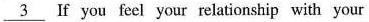
\underline{3} If you feel your relationship with your